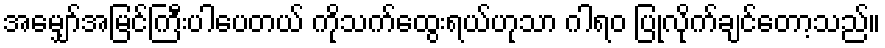
အမျှော်အမြင်ကြီးပါပေတယ် ကိုသက်ထွေးရယ်ဟုသာ ဂါရဝ ပြုလိုက်ချင်တော့သည်။